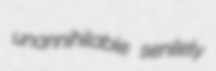
unannihilable senilely